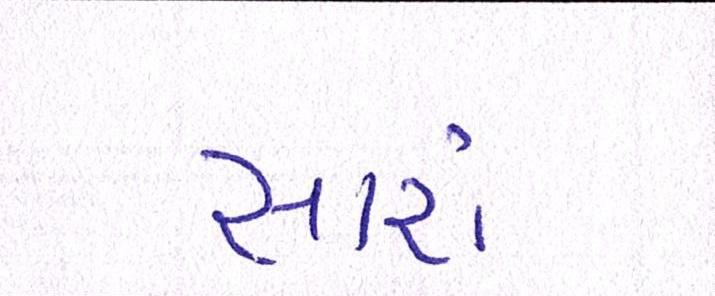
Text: સારાં